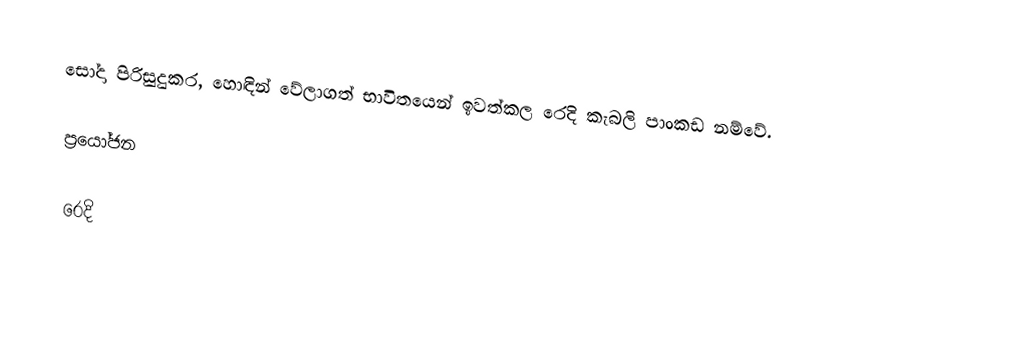
සෝදා පිරිසුදුකර, හොඳින් වේලාගත් භාවිතයෙන් ඉවත්කල රෙදි කැබලි පාංකඩ නම්වේ.

ප්‍රයෝජන

රෙදි